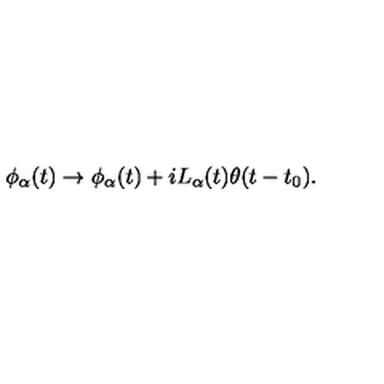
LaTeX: \phi _ { \alpha } ( t ) \to \phi _ { \alpha } ( t ) + i L _ { \alpha } ( t ) \theta ( t - t _ { 0 } ) .